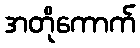
အတိုကောက်